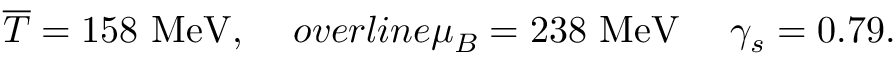
\overline { { { T } } } = 1 5 8 \ \mathrm { M e V } , \ \ \ \, o v e r l i n e { \mu } _ { B } = 2 3 8 \ \mathrm { M e V } \ \ \ \ \gamma _ { s } = 0 . 7 9 .